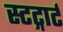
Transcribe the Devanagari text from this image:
स्टट्गार्ट